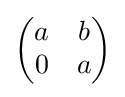
{\begin{pmatrix}a&b\\0&a\end{pmatrix}}